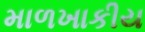
માળખાકીય